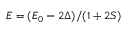
E = ( E _ { 0 } - 2 \Delta ) / ( 1 + 2 S )